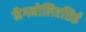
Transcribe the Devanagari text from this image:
मैगनोलिएसिई